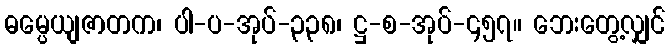
ဓမ္ပေယျဇာတက၊ ပါ-ပ-အုပ်-၃၃၈၊ ဋ္ဌ-စ-အုပ်-၄၅၇။ ဘေးတွေ့လျှင်